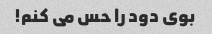
بوی دود را حس می کنم!